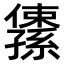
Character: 𫤅